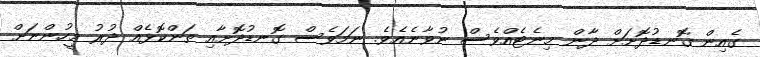
ގެއިން ގޮނޑުދޮށަށް ދާން މިނެޓެއްވެސް ނުވާނެއެވެ. ނަމަވެސް ގޮނޑުދޮށާއި ތަންކޮޅެއް ދުރު މީހުންނަށް